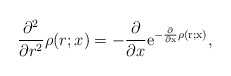
\begin{align*}\frac{\partial ^2}{\partial r^2}\rho (r;x)=- \frac{\partial}{\partial x}\rm{e}^{-\frac{\partial}{\partial x}\rho(r;x)},\end{align*}